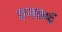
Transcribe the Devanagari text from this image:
एन७६